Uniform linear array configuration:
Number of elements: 12
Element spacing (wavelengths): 0.5
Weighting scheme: exponential
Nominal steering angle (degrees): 30
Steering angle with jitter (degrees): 31.306
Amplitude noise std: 0.05
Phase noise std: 0.05

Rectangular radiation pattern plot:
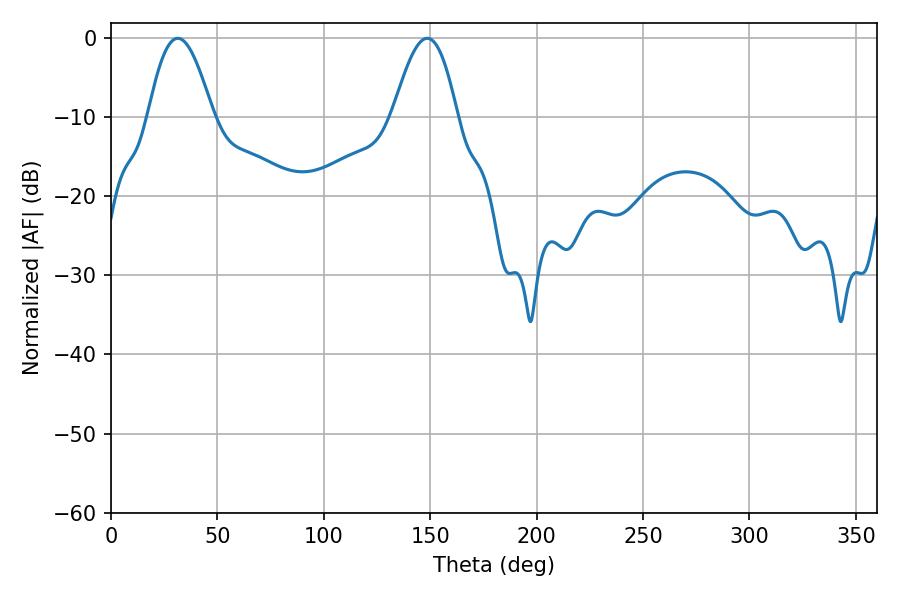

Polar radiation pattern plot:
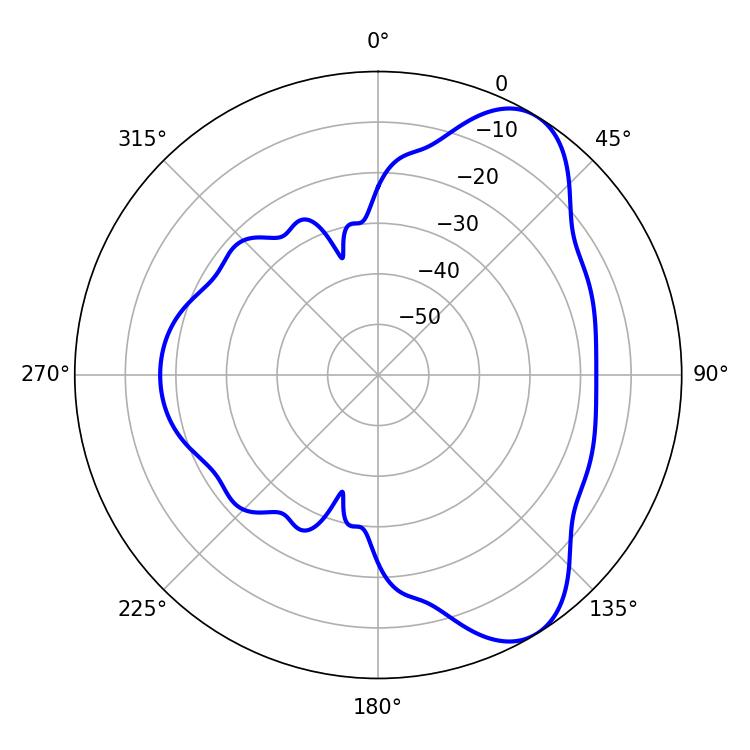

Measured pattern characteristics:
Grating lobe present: FALSE
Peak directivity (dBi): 7.501
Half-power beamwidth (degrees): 16.38
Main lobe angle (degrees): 31.32